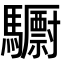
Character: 𮪝